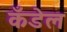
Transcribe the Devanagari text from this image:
कँडेल